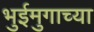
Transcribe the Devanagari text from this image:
भुईमुगाच्या